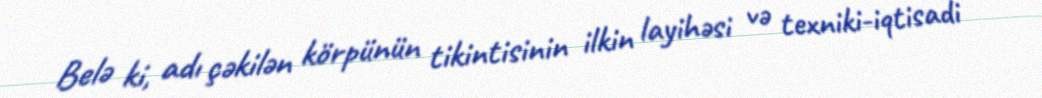
Belə ki, adı çəkilən körpünün tikintisinin ilkin layihəsi və texniki-iqtisadi